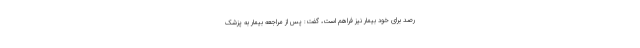
رصد برای خود بیمار نیز فراهم است، گفت: پس از مراجعه بیمار به پزشک